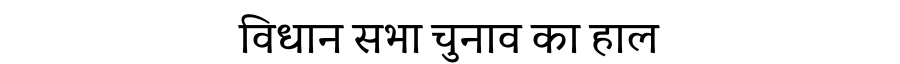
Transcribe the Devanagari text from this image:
विधान सभा चुनाव का हाल